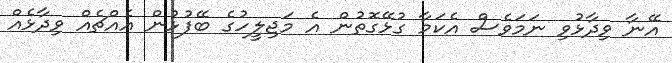
އޭނާ ވިދާޅުވި ނަމަވެސް އެކަމާ ގުޅޭގޮތުން އެ މަޖިލީހުގެ ބޭފުޅުން އެއްޗެއް ވިދާޅެއް